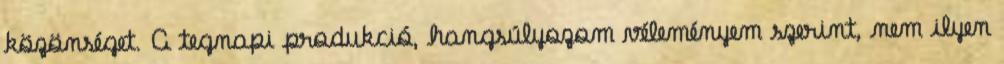
közönséget. A tegnapi produkció, hangsúlyozom véleményem szerint, nem ilyen